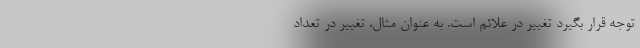
توجه قرار بگیرد تغییر در علائم است. به عنوان مثال، تغییر در تعداد